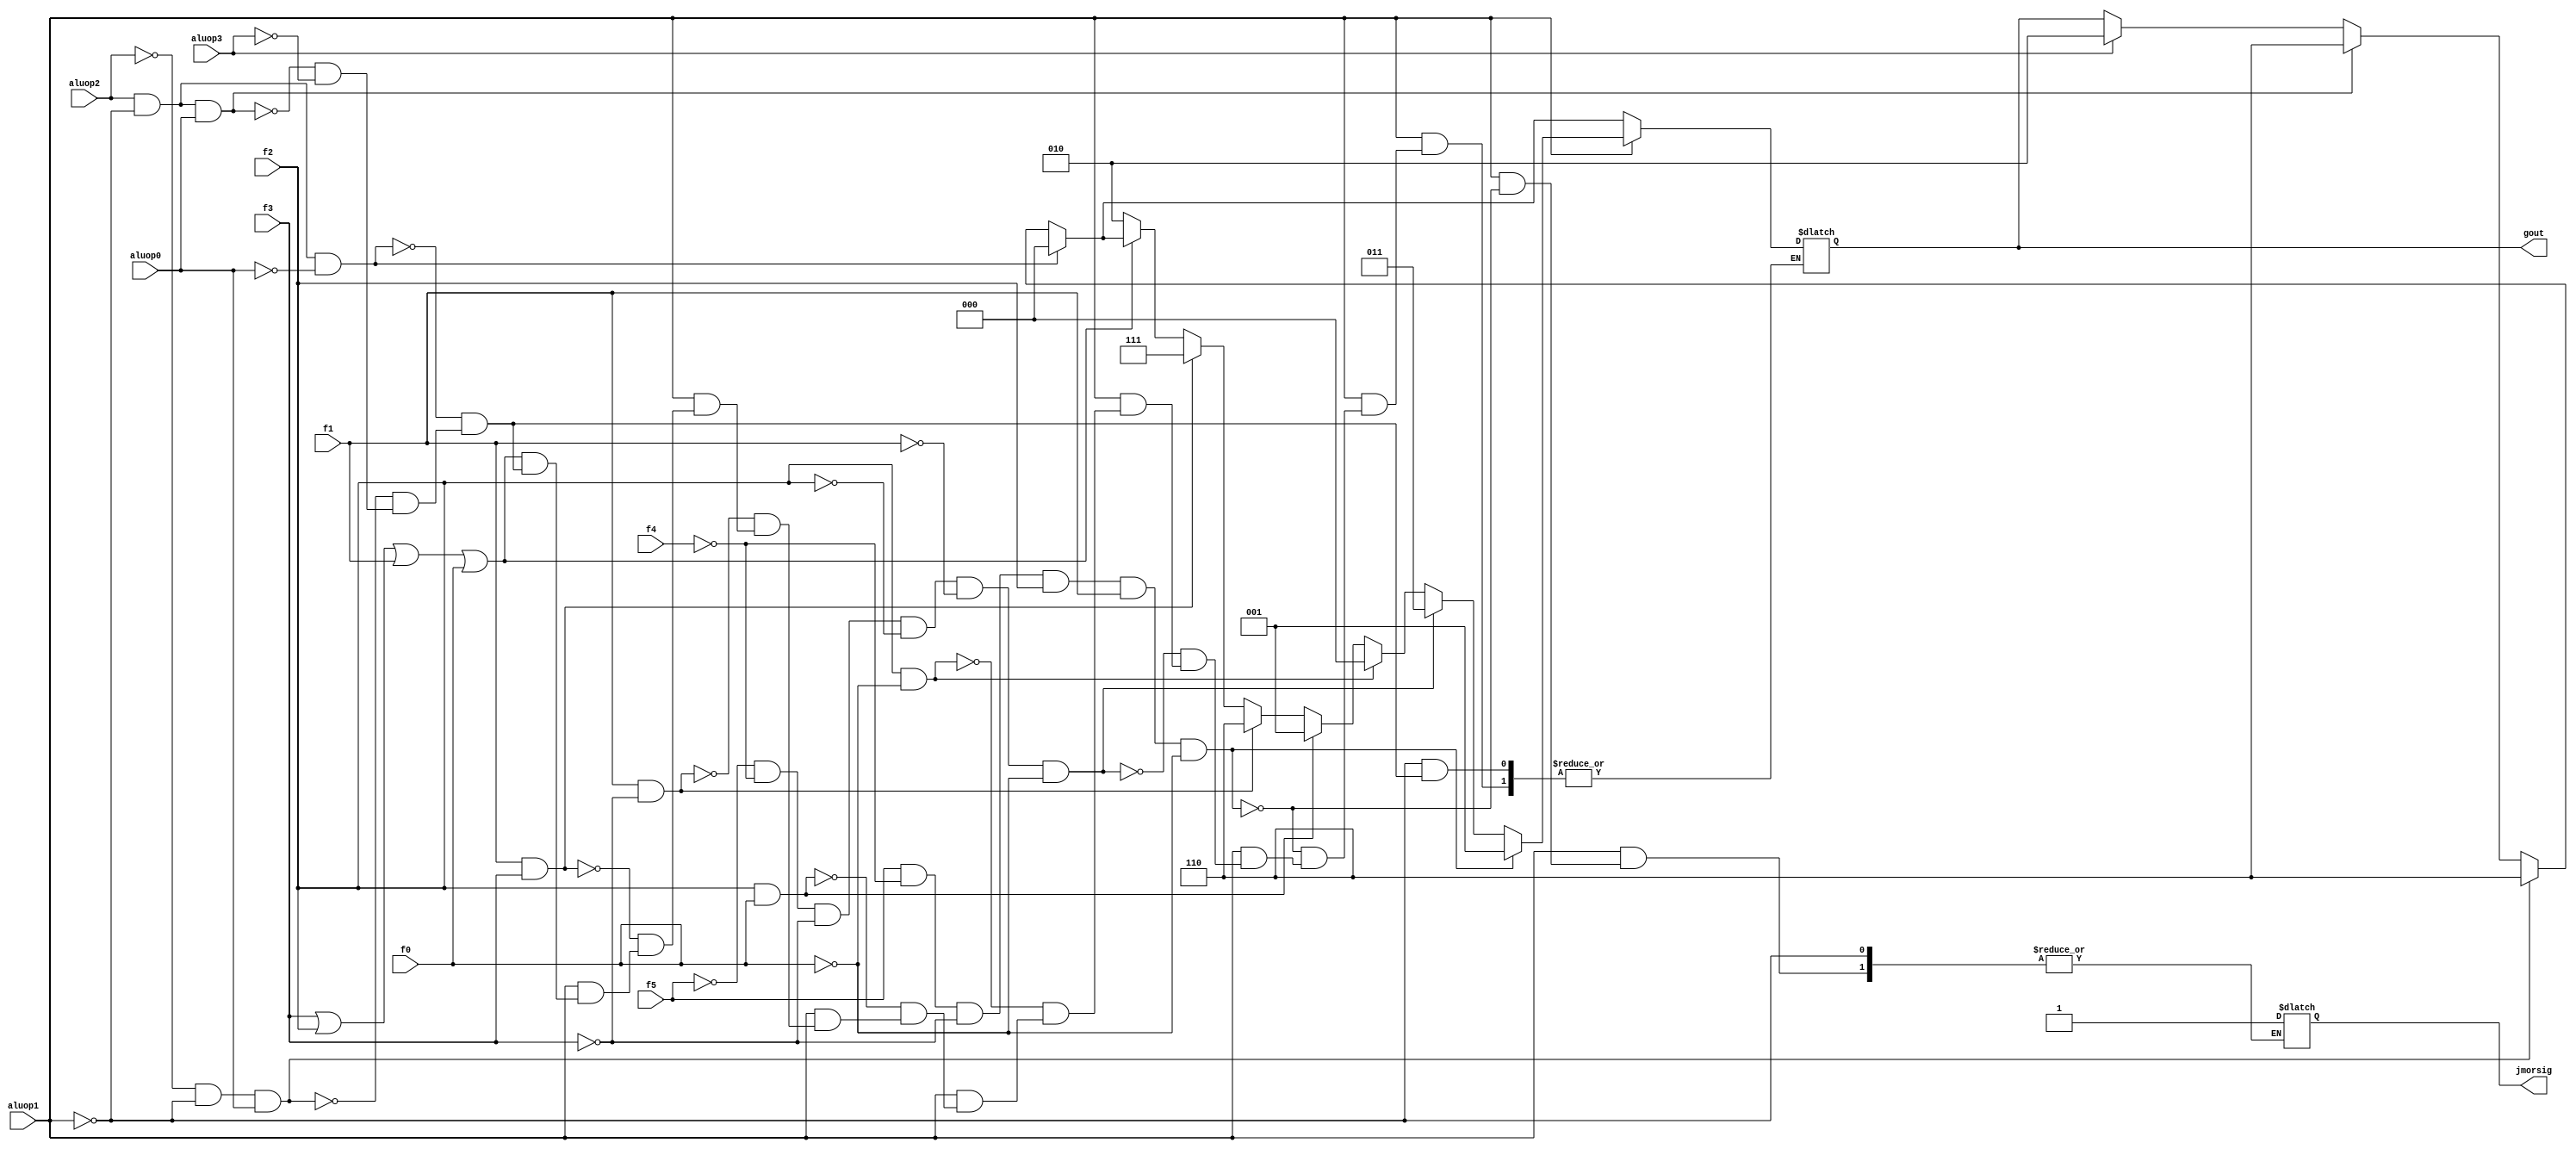
module alucont(aluop3,aluop2,aluop1,aluop0,f5,f4,f3,f2,f1,f0,jmorsig,gout);//Figure 4.12 //2 bit function code eklendi, jmor sinyali eklendi
input aluop3,aluop2,aluop1,aluop0,f5,f4,f3,f2,f1,f0; //2 bit function code eklendi
output [2:0] gout;
reg [2:0] gout;
output jmorsig; //ALUCONTROLDEN JMOR S
reg jmorsig;
always @(aluop3 or aluop2 or aluop1 or aluop0 or f5 or f4 or f3 or f2 or f1 or f0) //2 bit function code eklendi
begin
	if(aluop3)gout=3'b010; //lw sw
	if(aluop2 & (~aluop1) & aluop0)gout=3'b110; // aluop =101 of blez is 101
	if((~aluop2)&(~aluop1) &aluop0)gout=3'b110; // aluop =001 -> beq
	if(aluop2&(~aluop1)&(~aluop0)) gout=3'b000; // aluop =100 ise andi inst. demektir.


	if(aluop1)//R-type
	begin
		if (~(f3|f2|f1|f0))gout=3'b010; 	//function code=0000,ALU control=010 (add)
		if (f1&f3)gout=3'b111;			//function code=1x1x,ALU control=111 (set on less than)
		if (f1&~(f3))gout=3'b110;		//function code=0x10,ALU control=110 (sub)
		if (f2&f0)gout=3'b001;			//function code=x1x1,ALU control=001 (or)
		if (f2&~(f0))gout=3'b000;		//function code=x1x0,ALU control=000 (and)
		if (~(f5)&~(f4)&~(f3)&~(f2)&~(f1)&~(f0)) gout=3'b011; //function code=000000, ALU control=011 (sll)*******************????????????????***
		if(f5 & ~f4 & ~f3 & f2 & f1 & ~f0) //fcode of jmor is 100110=38
			begin
			gout=3'b001; 
			jmorsig=1'b1; // fcode of jmor is 100101
			end
		end
end

endmodule